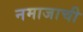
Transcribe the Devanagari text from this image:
नमाजाची